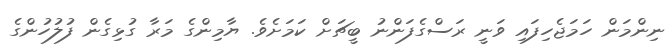
ނިންމަން ހަމަޖެހިފައި ވަނީ ރަސްގެފަންނު ބީޗަށް ކަމަށެވެ. ޔާމިންގެ މަރާ ގުޅިގެން ފުލުހުންގެ